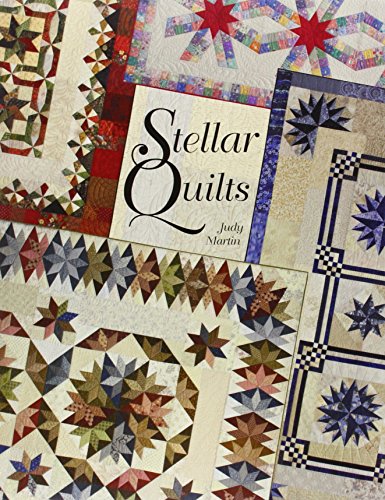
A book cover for Stellar Quilts; Judy Martin; Crafts, Hobbies & Home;